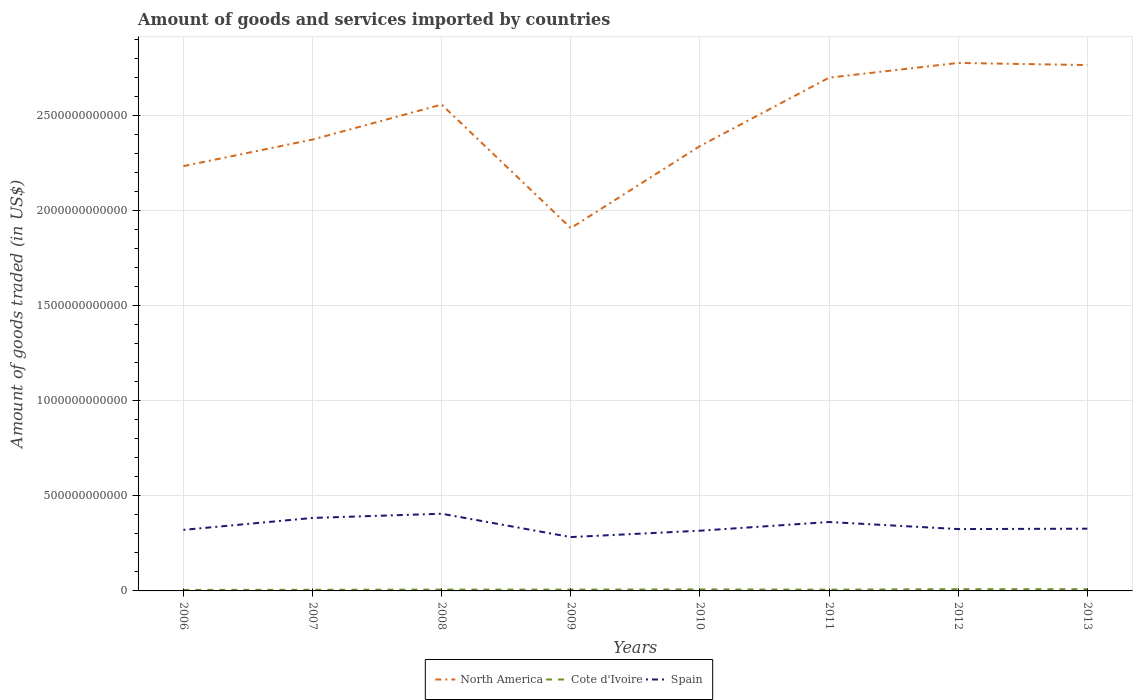
| Years | North America | Cote d'Ivoire | Spain |
 | --- | --- | --- | --- |
 | 2006 | 2.24e+12 | 5.21e+09 | 3.21e+11 |
 | 2007 | 2.38e+12 | 5.94e+09 | 3.84e+11 |
 | 2008 | 2.56e+12 | 6.88e+09 | 4.06e+11 |
 | 2009 | 1.91e+12 | 6.91e+09 | 2.83e+11 |
 | 2010 | 2.34e+12 | 7.79e+09 | 3.17e+11 |
 | 2011 | 2.7e+12 | 6.67e+09 | 3.63e+11 |
 | 2012 | 2.78e+12 | 9.06e+09 | 3.26e+11 |
 | 2013 | 2.77e+12 | 9.06e+09 | 3.28e+11 |